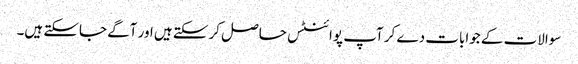
سوالات کے جوابات دے کر آپ پوائنٹس حاصل کرسکتے ہیں اور آگے جاسکتے ہیں۔